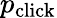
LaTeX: p_{\mathrm{click}}